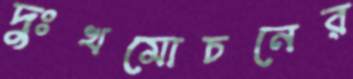
দুঃখমোচনের